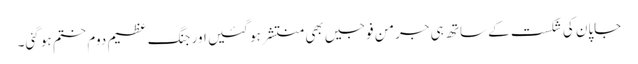
جاپان کی شکست کے ساتھ ہی جرمن فوجیں بھی منتشر ہو گئیں اور جنگ ِعظیم دوم ختم ہو گئی۔